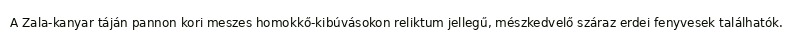
A Zala-kanyar táján pannon kori meszes homokkő-kibúvásokon reliktum jellegű, mészkedvelő száraz erdei fenyvesek találhatók.